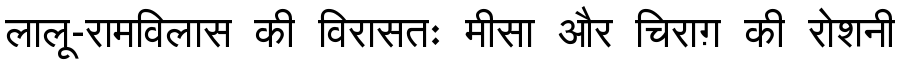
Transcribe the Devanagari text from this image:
लालू-रामविलास की विरासतः मीसा और चिराग़ की रोशनी